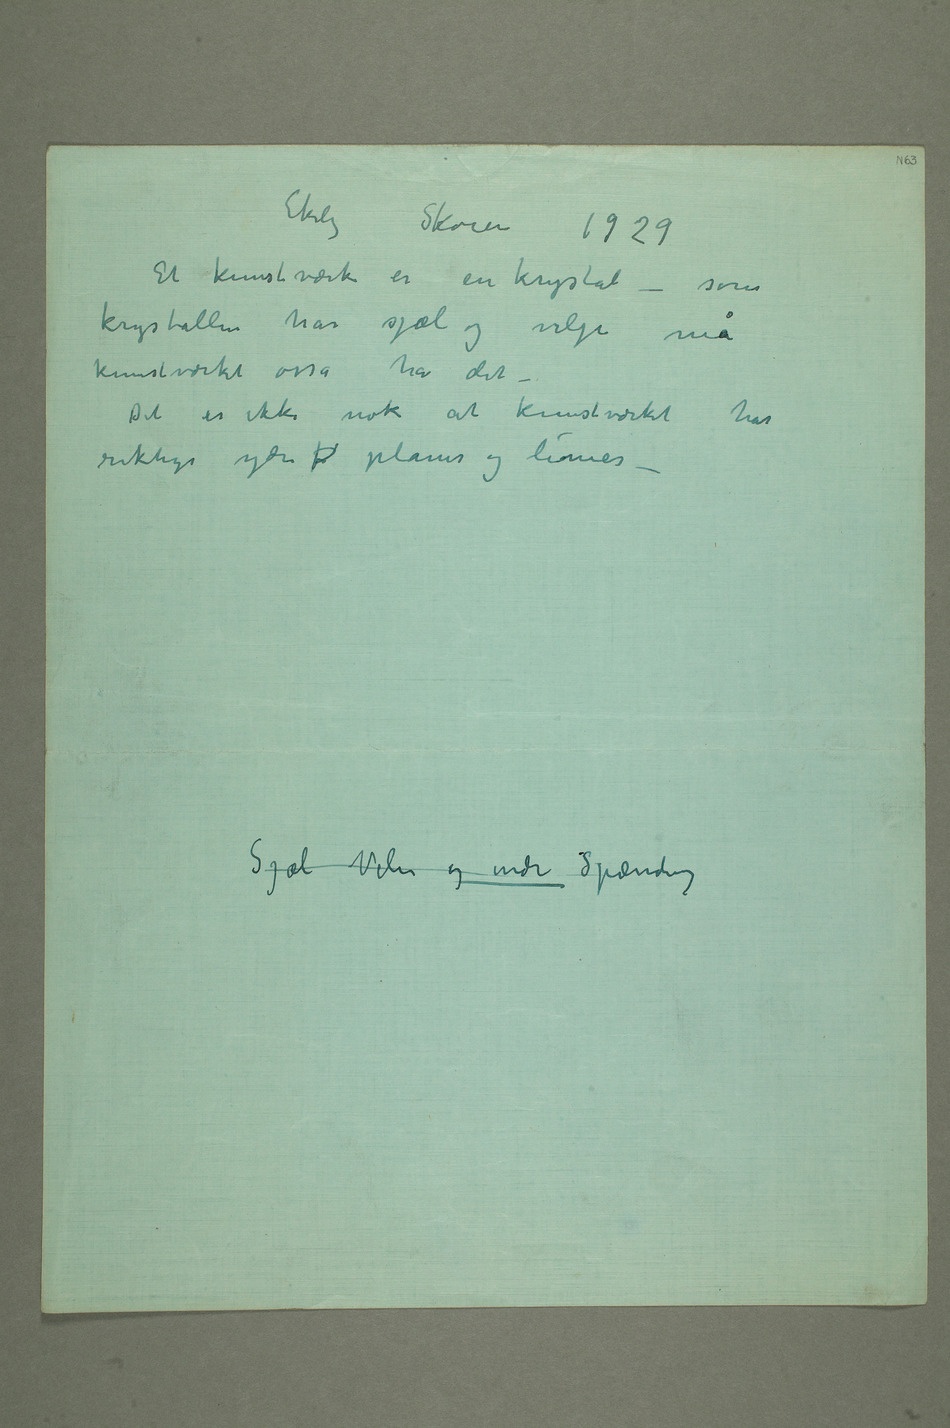
Et kunstværk er en krystal – som
krystallen har sjæl og vilje må
kunstværket osså ha det –
Det er ikke nok at kunstværket har
riktige ydre fl planer og linier
– Sjæl Vilie og indre Spænding